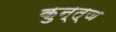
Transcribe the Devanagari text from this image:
कुन्त्ज